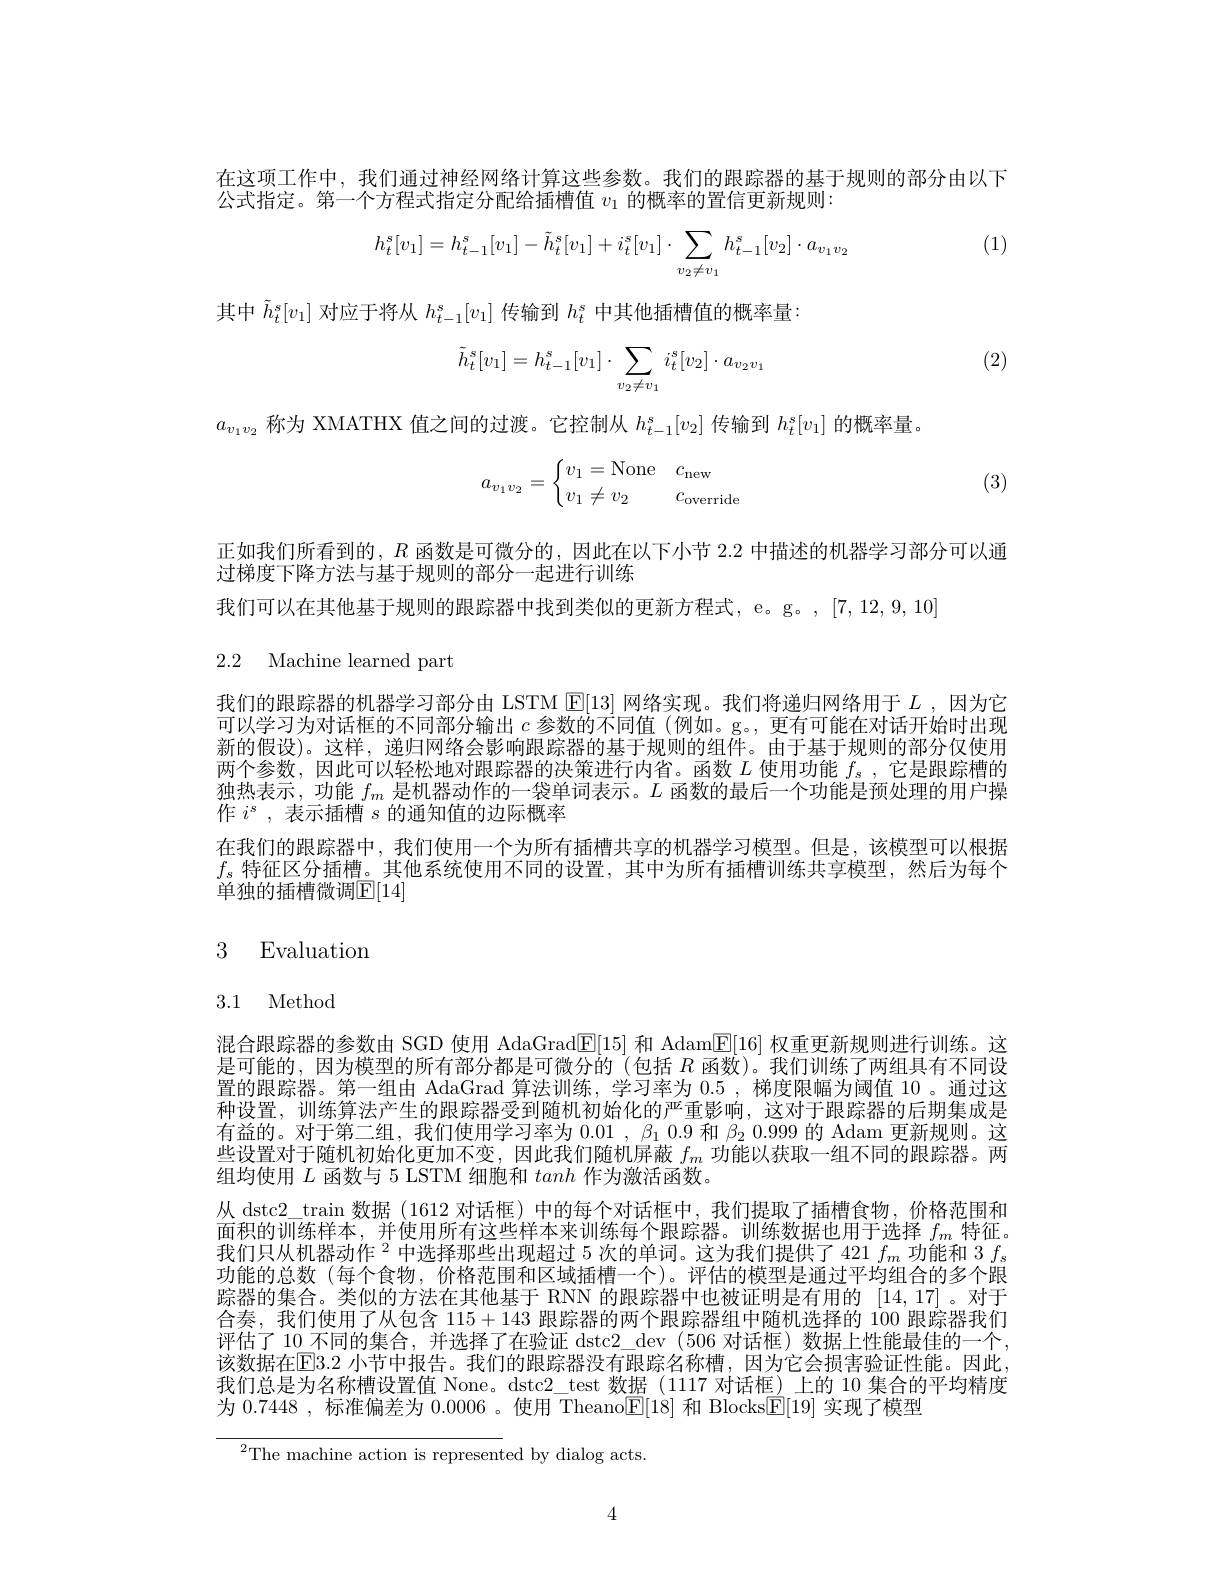
在这项工作中，我们通过神经网络计算这些参数。我们的跟踪器的基于规则的部分由以下
公式指定。第一个方程式指定分配给插槽值$v_1$的概率的置信更新规则：

(1)
$$h_t^s[v_1]=h_{t-1}^s[v_1]-\tilde{h}_t^s[v_1]+i_t^s[v_1]\cdot\sum_{v_2\neq v_1}h_{t-1}^s[v_2]\cdot a_{v_1v_2}$$
其中$\tilde{h}_t^s[v_1]$对应于将从$h_t-1^s[v_1]$传输到$h_t^s$中其他插槽值的概率量：

(2)
$$\tilde{h}_t^s[v_1]=h_{t-1}^s[v_1]\cdot\sum_{v_2\neq v_1}i_t^s[v_2]\cdot a_{v_2v_1}$$
$a_{v_1v_2}$称为 XMATHX 值之间的过渡。它控制从$h_{t-1}^s[v_2]$传输到$h_t^s[v_1]$的概率量。
$$a_{v_1v_2}=\left\{\begin{matrix}v_1=\text{None}&c_\text{new}\\v_1\neq v_2&c_\text{override}\end{matrix}\right.$$
(3)

正如我们所看到的，$R$函数是可微分的，因此在以下小节2.2中描述的机器学习部分可以通
过梯度下降方法与基于规则的部分一起进行训练
我们可以在其他基于规则的跟踪器中找到类似的更新方程式，e。g。, [7,12,9,10]

2.2 Machine learned part

我们的跟踪器的机器学习部分由 LSTM $\boxed{\mathrm{E}}[13]$网络实现。我们将递归网络用于$L$ ,因为它可以学习为对话框的不同部分输出$c$参数的不同值 (例如。g。, 更有可能在对话开始时出现新的假设)。这样，递归网络会影响跟踪器的基于规则的组件。由于基于规则的部分仅使用两个参数，因此可以轻松地对跟踪器的决策进行内省。函数$L$使用功能$f_s$,它是跟踪槽的独热表示，功能$f_m$是机器动作的一袋单词表示。$L$函数的最后一个功能是预处理的用户操作$i^{s}$,表示插槽$s$的通知值的边际概率
在我们的跟踪器中，我们使用一个为所有插槽共享的机器学习模型。但是，该模型可以根据$f_s$特征区分插槽。其他系统使用不同的设置，其中为所有插槽训练共享模型，然后为每个单独的插槽微调$\mathbb{E}[14]$

# 3 Evaluation

# 3.1 Method

混合跟踪器的参数由 SGD 使用 AdaGrad$\overline{\mathbb{E}}[15]$和 Adam$\overline{\mathbb{E}}[16]$权重更新规则进行训练。这是可能的，因为模型的所有部分都是可微分的(包括$R$函数)。我们训练了两组具有不同设置的跟踪器。第一组由 AdaGrad 算法训练，学习率为0.5 ,梯度限幅为阈值 10 。通过这种设置，训练算法产生的跟踪器受到随机初始化的严重影响，这对于跟踪器的后期集成是有益的。对于第二组，我们使用学习率为$0.01,\beta_1$ 0.9 和$\beta_2$ 0.999 的 Adam 更新规则。这些设置对于随机初始化更加不变，因此我们随机屏蔽$f_m$功能以获取一组不同的跟踪器。两组均使用$L$函数与 5 LSTM 细胞和tanh作为激活函数。
从 dstc2\_train 数据 (1612 对话框)中的每个对话框中，我们提取了插槽食物，价格范围和面积的训练样本，并使用所有这些样本来训练每个跟踪器。训练数据也用于选择$f_m$特征我们只从机器动作$^2$中选择那些出现超过 5 次的单词。这为我们提供了 421 $f_m$功能和 3 $f_s$ 功能的总数 (每个食物，价格范围和区域插槽一个)。评估的模型是通过平均组合的多个跟踪器的集合。类似的方法在其他基于 RNN 的跟踪器中也被证明是有用的[14,17] 。对于合奏，我们使用了从包含115+143跟踪器的两个跟踪器组中随机选择的 100 跟踪器我们评估了 10 不同的集合，并选择了在验证 dstc2\_dev (506 对话框)数据上性能最佳的一个， 该数据在El3.2 小节中报告。我们的跟踪器没有跟踪名称槽，因为它会损害验证性能。因此， 我们总是为名称槽设置值 None。dstc2\_test 数据 (1117 对话框)上的 10 集合的平均精度为 0.7448 , 标准偏差为0.0006 。使用 Theano$\boxed{\mathrm{E}}[18]$和 Blocks$\boxed{\mathrm{E}}[19]$实现了模型
$^{2}$The machine action is represented by dialog acts

4